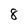
Character: 8